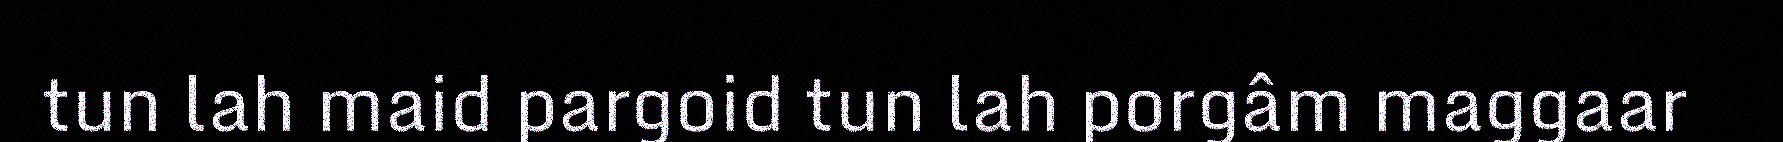
tun lah maid pargoid tun lah porgâm maggaar